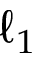
\ell _ { 1 }